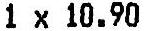
1 X 10.90